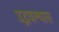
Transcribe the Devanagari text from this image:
उद्भवल्यास